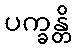
ပက္ခန္တိ